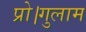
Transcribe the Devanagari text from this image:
प्रो।गुलाम